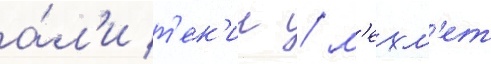
а́л'и т'ек'ин / м'ехм'ет